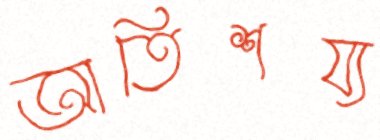
আতিশয্য